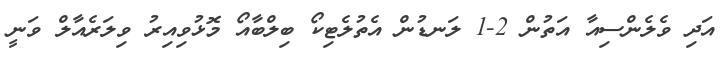
އަދި ވެލެންސިއާ އަތުން 2-1 ލަނޑުން އެތުލެޓިކޯ ބިލްބާއޯ މޮޅުވިއިރު ވިލަރެއާލް ވަނީ